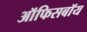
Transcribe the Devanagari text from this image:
ऑफिसबॉय